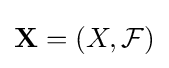
\mathbf {X} =(X,{\mathcal {F}})